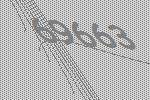
69663